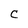
Character: C